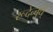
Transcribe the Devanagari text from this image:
रूदेन्बुर्घ्